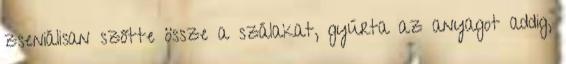
zseniálisan szőtte össze a szálakat, gyúrta az anyagot addig,